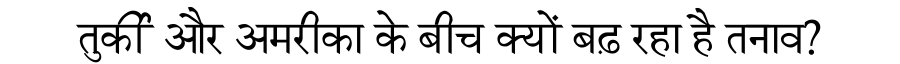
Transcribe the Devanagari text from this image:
तुर्की और अमरीका के बीच क्यों बढ़ रहा है तनाव?